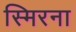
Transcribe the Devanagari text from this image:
स्मिरना